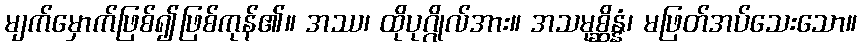
မျက်မှောက်ဖြစ်၍ဖြစ်ကုန်၏။ အဿ၊ ထိုပုဂ္ဂိုလ်အား။ အသမုစ္ဆိန္နံ၊ မဖြတ်အပ်သေးသော။